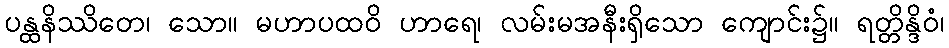
ပန္ထနိဿိတေ၊ သော။ မဟာပထဝိ ဟာရေ၊ လမ်းမအနီးရှိသော ကျောင်း၌။ ရတ္တိန္ဒိဝံ၊